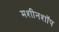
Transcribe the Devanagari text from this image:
मशीनशॉप